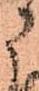
に